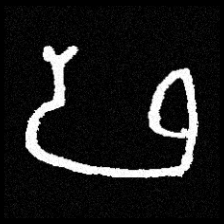
Pyu character \u2014 Myanmar letter: ဖ (romanized: pha)